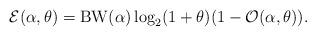
LaTeX: \begin{align*}\mathcal{E}(\alpha,\theta)= {\rm BW}(\alpha) \log_2(1+\theta) (1-\mathcal{O}(\alpha,\theta)). \end{align*}